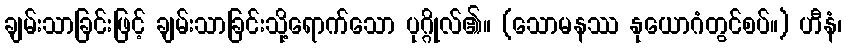
ချမ်းသာခြင်းဖြင့် ချမ်းသာခြင်းသို့ရောက်သော ပုဂ္ဂိုလ်၏။ (သောမနဿ နုယောဂံတွင်စပ်။) ဟီနံ၊